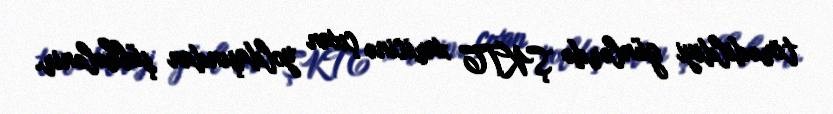
törədildiyi günlərdə ŞKTC xaricinə çıxan yoldaşından şübhələnir.